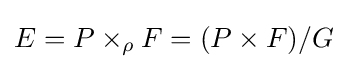
E=P\times _{\rho }F=(P\times F)/G